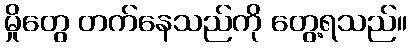
မှိုတွေ တက်နေသည်ကို တွေ့ရသည်။